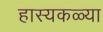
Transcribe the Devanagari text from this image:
हास्यकळ्या